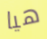
هيا